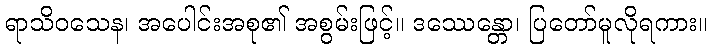
ရာသိဝသေန၊ အပေါင်းအစု၏ အစွမ်းဖြင့်။ ဒဿေန္တော၊ ပြတော်မူလိုရကား။